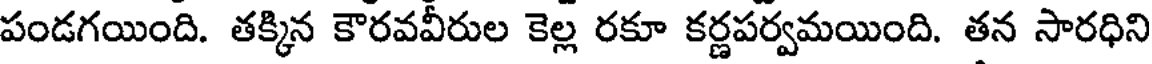
పండగయింది. తక్కిన కౌరవవీరుల కెల్ల రకూ కర్ణపర్వమయింది. తన సారధిని